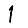
Digit: 1